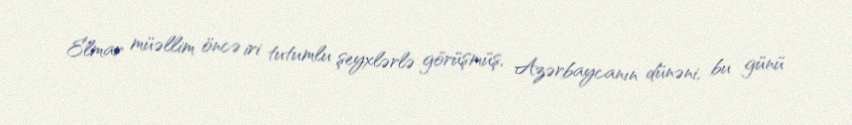
Elmar müəllim öncə iri tutumlu şeyxlərlə görüşmüş, Azərbaycanın dünəni, bu günü